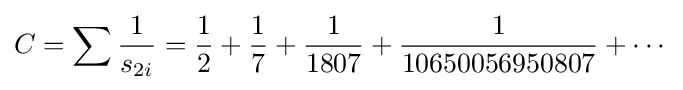
C=\sum {\frac {1}{s_{2i}}}={\frac {1}{2}}+{\frac {1}{7}}+{\frac {1}{1807}}+{\frac {1}{10650056950807}}+\cdots